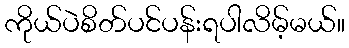
ကိုယ်ပဲစိတ်ပင်ပန်းရပါလိမ့်မယ်။